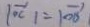
\vert \overrightarrow { O C } \vert = \vert \overrightarrow { O B }